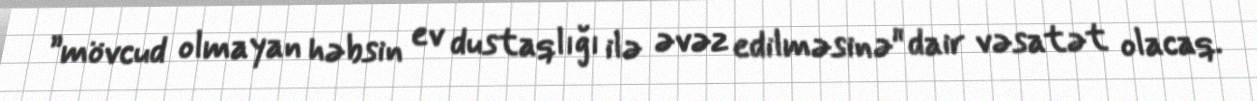
”mövcud olmayan həbsin ev dustaqlığı ilə əvəz edilməsinə" dair vəsatət olacaq.